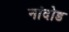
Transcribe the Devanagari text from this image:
नांदोड